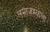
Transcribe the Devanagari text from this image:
लमाजम्याला